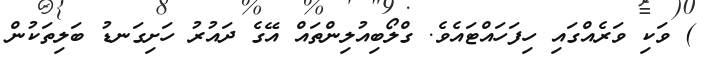
) ވަކި ވަރެއްގައި ހިފަހައްޓައެވެ. ގްލޯބިއުލިންތައް އޭގެ ދައުރު ހަށިގަނޑު ބަލިތަކުން